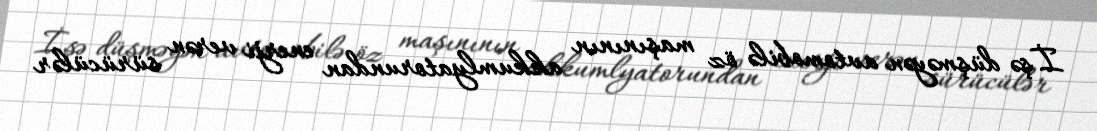
İşə düşməyən avtomobilə öz maşınının akkumlyatorundan enerji verən sürücülər